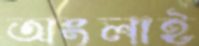
অংলাই